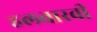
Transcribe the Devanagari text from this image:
हलवारवी